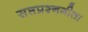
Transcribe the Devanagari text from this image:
सप्तप्रश्नगीता